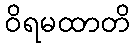
ဝိရမထာတိ